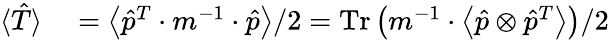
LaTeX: \begin{array}{rl}{\langle\hat{T}\rangle}&{{}=\left\langle\hat{p}^{T}\cdot m^{-1}\cdot\hat{p}\right\rangle/2=\operatorname{Tr}\left(m^{-1}\cdot\left\langle\hat{p}\otimes\hat{p}^{T}\right\rangle\right)/2}\end{array}